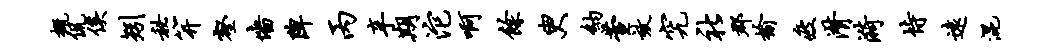
概侃俟矧秘笄壑墙陴丙辛期沱啊余臾纳萱效究社郡榆疲潸漪恃远混